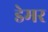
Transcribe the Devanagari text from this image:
डेमर